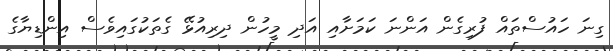
ގިނަ ހައުސްތައް ފުރިގެން އަންނަ ކަމަށާއި އަދި މީހުން ދިރިއުޅޭ ގެތަކުގައިވެސް އިންޑިޔާގެ